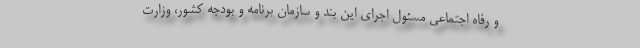
و رفاه اجتماعی مسئول اجرای این بند و سازمان برنامه و بودجه کشور، وزارت